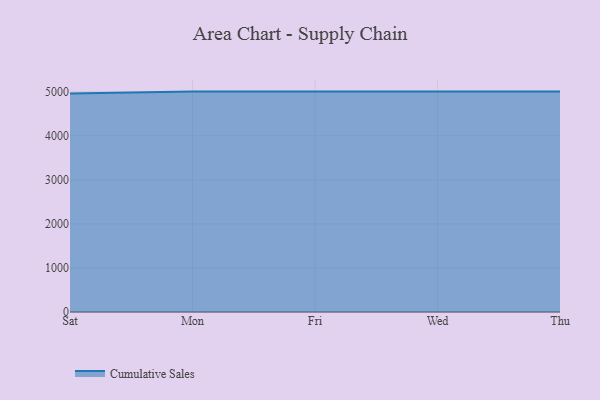
{"axis": {"x": "Day", "y": "Population (Million)"}, "legend": ["Cumulative Sales"], "data": [{"x": "Sat", "y": 4959.7, "type": "Cumulative Sales"}, {"x": "Mon", "y": 5000, "type": "Cumulative Sales"}, {"x": "Fri", "y": 5000, "type": "Cumulative Sales"}, {"x": "Wed", "y": 5000, "type": "Cumulative Sales"}, {"x": "Thu", "y": 5000, "type": "Cumulative Sales"}]}